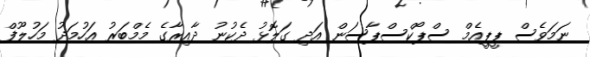
ނަމަވެސް ޕީޕީއެމް ސްޕޯކްސްޕާސަން އަދި ގަލޮޅު ދެކުނު ދާއިރާގެ މެމްބަރު އަހުމަދު މަހުލޫފް